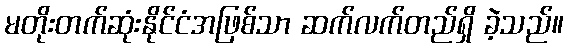
မတိုးတက်ဆုံးနိုင်ငံအဖြစ်သာ ဆက်လက်တည်ရှိ ခဲ့သည်။